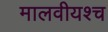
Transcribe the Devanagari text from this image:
मालवीयश्च